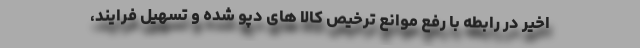
اخیر در رابطه با رفع موانع ترخیص کالا های دپو شده و تسهیل فرایند،